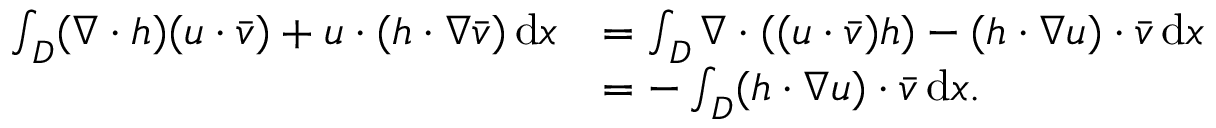
\begin{array} { r l } { \int _ { D } ( \nabla \cdot h ) ( u \cdot \bar { v } ) + u \cdot ( h \cdot \nabla \bar { v } ) \, \mathrm { d } x } & { = \int _ { D } \nabla \cdot ( ( u \cdot \bar { v } ) h ) - ( h \cdot \nabla u ) \cdot \bar { v } \, \mathrm { d } x } \\ & { = - \int _ { D } ( h \cdot \nabla u ) \cdot \bar { v } \, \mathrm { d } x . } \end{array}